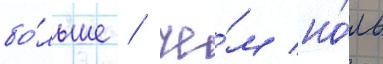
бо́льше / че́м но́ль